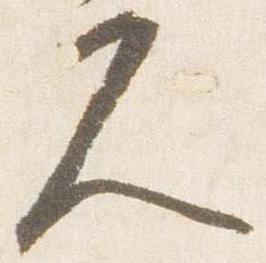
久